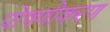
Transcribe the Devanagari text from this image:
पोषणीकरण